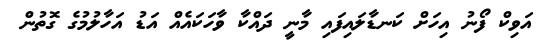
އަވިކް ފޯނު އިހަށް ކަނޑާލައިފައި މާނީ ދައްކާ ވާހަކައެއް އަޑު އަހާލުމުގެ ގޮތުން